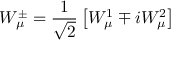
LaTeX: W _ { \mu } ^ { \pm } = \frac { 1 } { \sqrt 2 } \left[ W _ { \mu } ^ { 1 } \mp i W _ { \mu } ^ { 2 } \right]